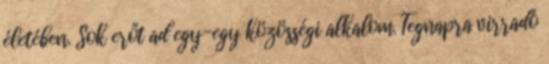
életében. Sok erőt ad egy-egy közösségi alkalom. Tegnapra virradó